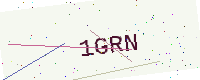
Text: 1GRN